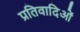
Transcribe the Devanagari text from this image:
प्रतिवादिओं